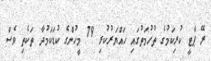
ރޭ ޕާޓީ ކުރިކަމުގެ ތުހުމަތުގައި ހައްޔަރުކުރި 79 މީހުންގެ ކުޑަކަމުދާ ތަކެތި ވެސް